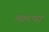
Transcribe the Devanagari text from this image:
मारपा